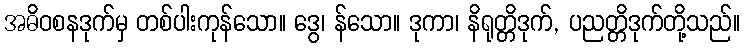
အဓိဝစနဒုက်မှ တစ်ပါးကုန်သော။ ဒွေ၊ န်သော။ ဒုကာ၊ နိရုတ္တိဒုက်, ပညတ္တိဒုက်တို့သည်။